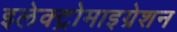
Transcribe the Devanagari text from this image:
इलेक्ट्रोमाइग्रेशन